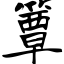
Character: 簟